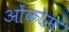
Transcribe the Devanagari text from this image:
ओंकोस